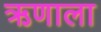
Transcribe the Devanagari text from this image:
ऋणाला